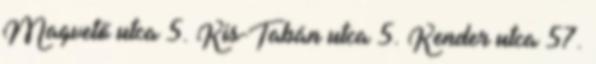
Magvető utca 5. Kis-Tabán utca 5. Kender utca 57.